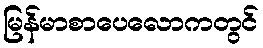
မြန်မာစာပေလောကတွင်